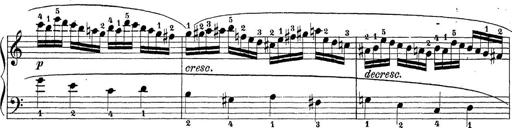
Title: Sonatina Album
Composer: Louis KÃ¶hler